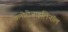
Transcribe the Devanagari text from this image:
क्लोरोजाइलिनॉल